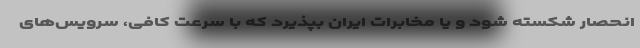
انحصار شکسته شود و یا مخابرات ایران بپذیرد که با سرعت کافی، سرویس‌های